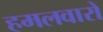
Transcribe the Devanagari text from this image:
हमलवारों